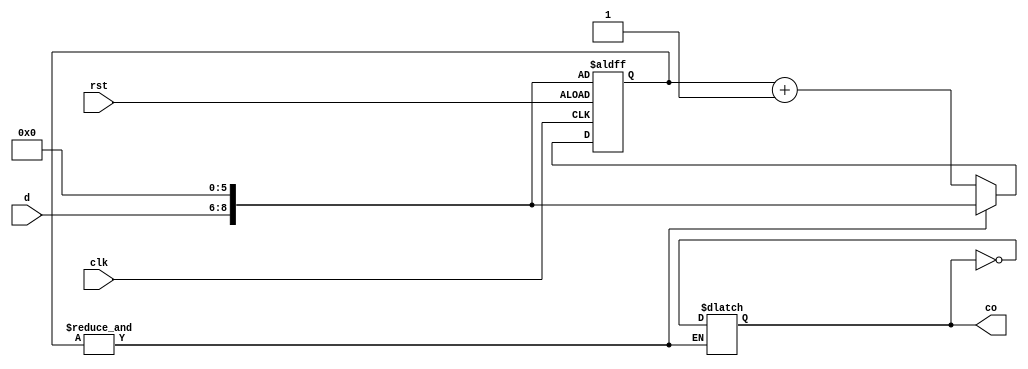
module Freqselector (input clk, rst,input [2:0] d,output reg co);
	reg[8:0] cnt;
   wire carry;
    always@(posedge clk,posedge rst)begin
		
        if(rst) cnt<={d,6'b000000};
        else if (carry) cnt<={d,6'b000000};
		  else cnt<=cnt+1;
		
    end 
	 always @(cnt) begin
			if(&cnt)co<=~co;
		end
	 assign carry=&cnt;
	/*always@(d)begin
		cnt<={d,6'b111111};
	end*/

endmodule